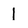
Character: I